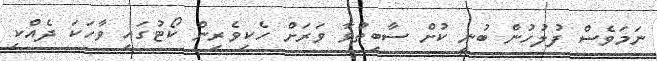
ނަމަވެސް ފުލުހުން ބުނީ ކުށް ސާބިތުވާ ވަރަށް ހެކިވެރިން ކޯޓުގައި ވާހަކަ ދެއްކި